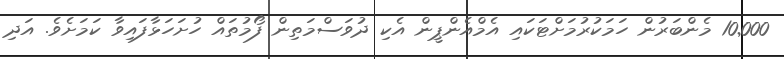
10